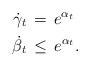
LaTeX: \begin{align*}\dot \gamma_t \,&=\, e^{\alpha_t} \\\dot \beta_t \,&\leq\, e^{\alpha_t} .\end{align*}